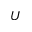
U